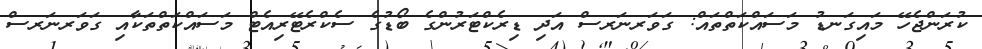
ކުރަންޖެހޭ މައިގަނޑު މަސައްކަތްތައް: ގަވަރނަރސް އަދި ޑިރެކްޓަރުންގެ ބޯޑުގެ ސެކްރެޓޭރިއެޓް މަސައްކަތްތަކާއި ގަވަރނަރސް